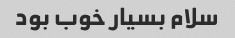
سلام بسیار خوب بود